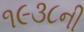
૧૯૩૮ની